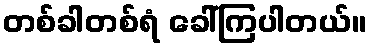
တစ်ခါတစ်ရံ ခေါ်ကြပါတယ်။